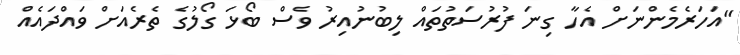
"އަހަރެމެންނަށް އެހާ ގިނަ ފުރުސަތުތައް ލިބުނުއިރު ވެސް ބޯޅަ ގޯލުގެ ތެރެއަށް ވައްދައެއް